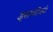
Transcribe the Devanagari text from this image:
इसकीकी